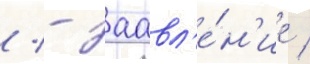
/ - заавл'е́н'ие /